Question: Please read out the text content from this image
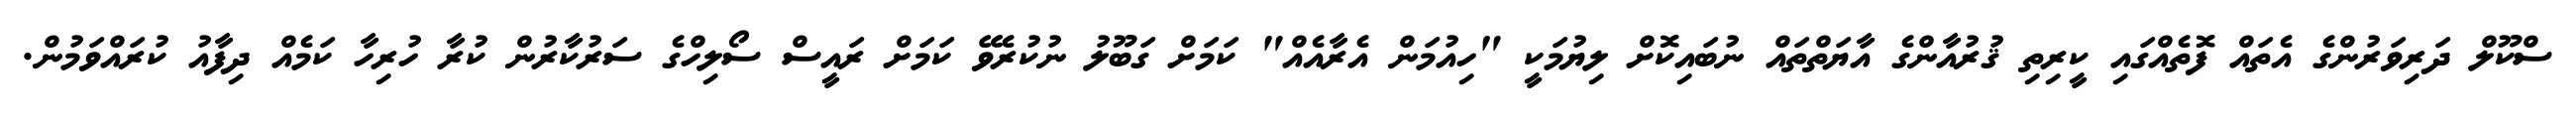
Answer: ސްކޫލް ދަރިވަރުންގެ އެތައް ފޮތެއްގައި ކީރިތި ޤުރުއާންގެ އާޔަތްތައް ނުބައިކޮށް ލިޔުމަކީ "ހިއުމަން އެރާއެއް" ކަމަށް ގަބޫލު ނުކުރެވޭ ކަމަށް ރައީސް ސޯލިހްގެ ސަރުކާރުން ކުރާ ހުރިހާ ކަމެއް ދިފާއު ކުރައްވަމުން.